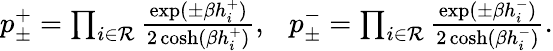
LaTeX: \begin{array}{r}{p_{\pm}^{+}=\prod_{i\in{\cal R}}\frac{\exp(\pm\beta h_{i}^{+})}{2\cosh(\beta h_{i}^{+})},~~~p_{\pm}^{-}=\prod_{i\in{\cal R}}\frac{\exp(\pm\beta h_{i}^{-})}{2\cosh(\beta h_{i}^{-})}.}\end{array}